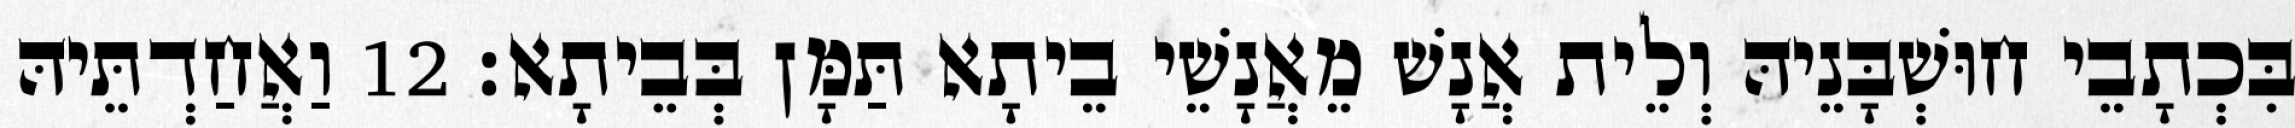
בִּכְתָבֵי חוּשְׁבָּנֵיהּ וְלֵית אֲנָשׁ מֵאֲנָשֵׁי בֵיתָא תַּמָּן בְּבֵיתָא׃ 12 וַאֲחַדְתֵּיהּ